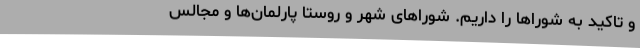
و تاکید به شوراها را داریم. شوراهای شهر و روستا پارلمان‌ها و مجالس